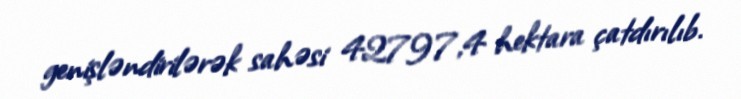
genişləndirilərək sahəsi 42797,4 hektara çatdırılıb.